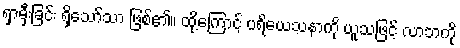
ရှာမှီးခြင်း ရှိသော်သာ ဖြစ်၏။ ထို့ကြောင့် ပရိယေသနာကို ယူသဖြင့် လာဘကို